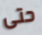
حتى